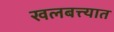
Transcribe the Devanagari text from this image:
खलबत्त्यात